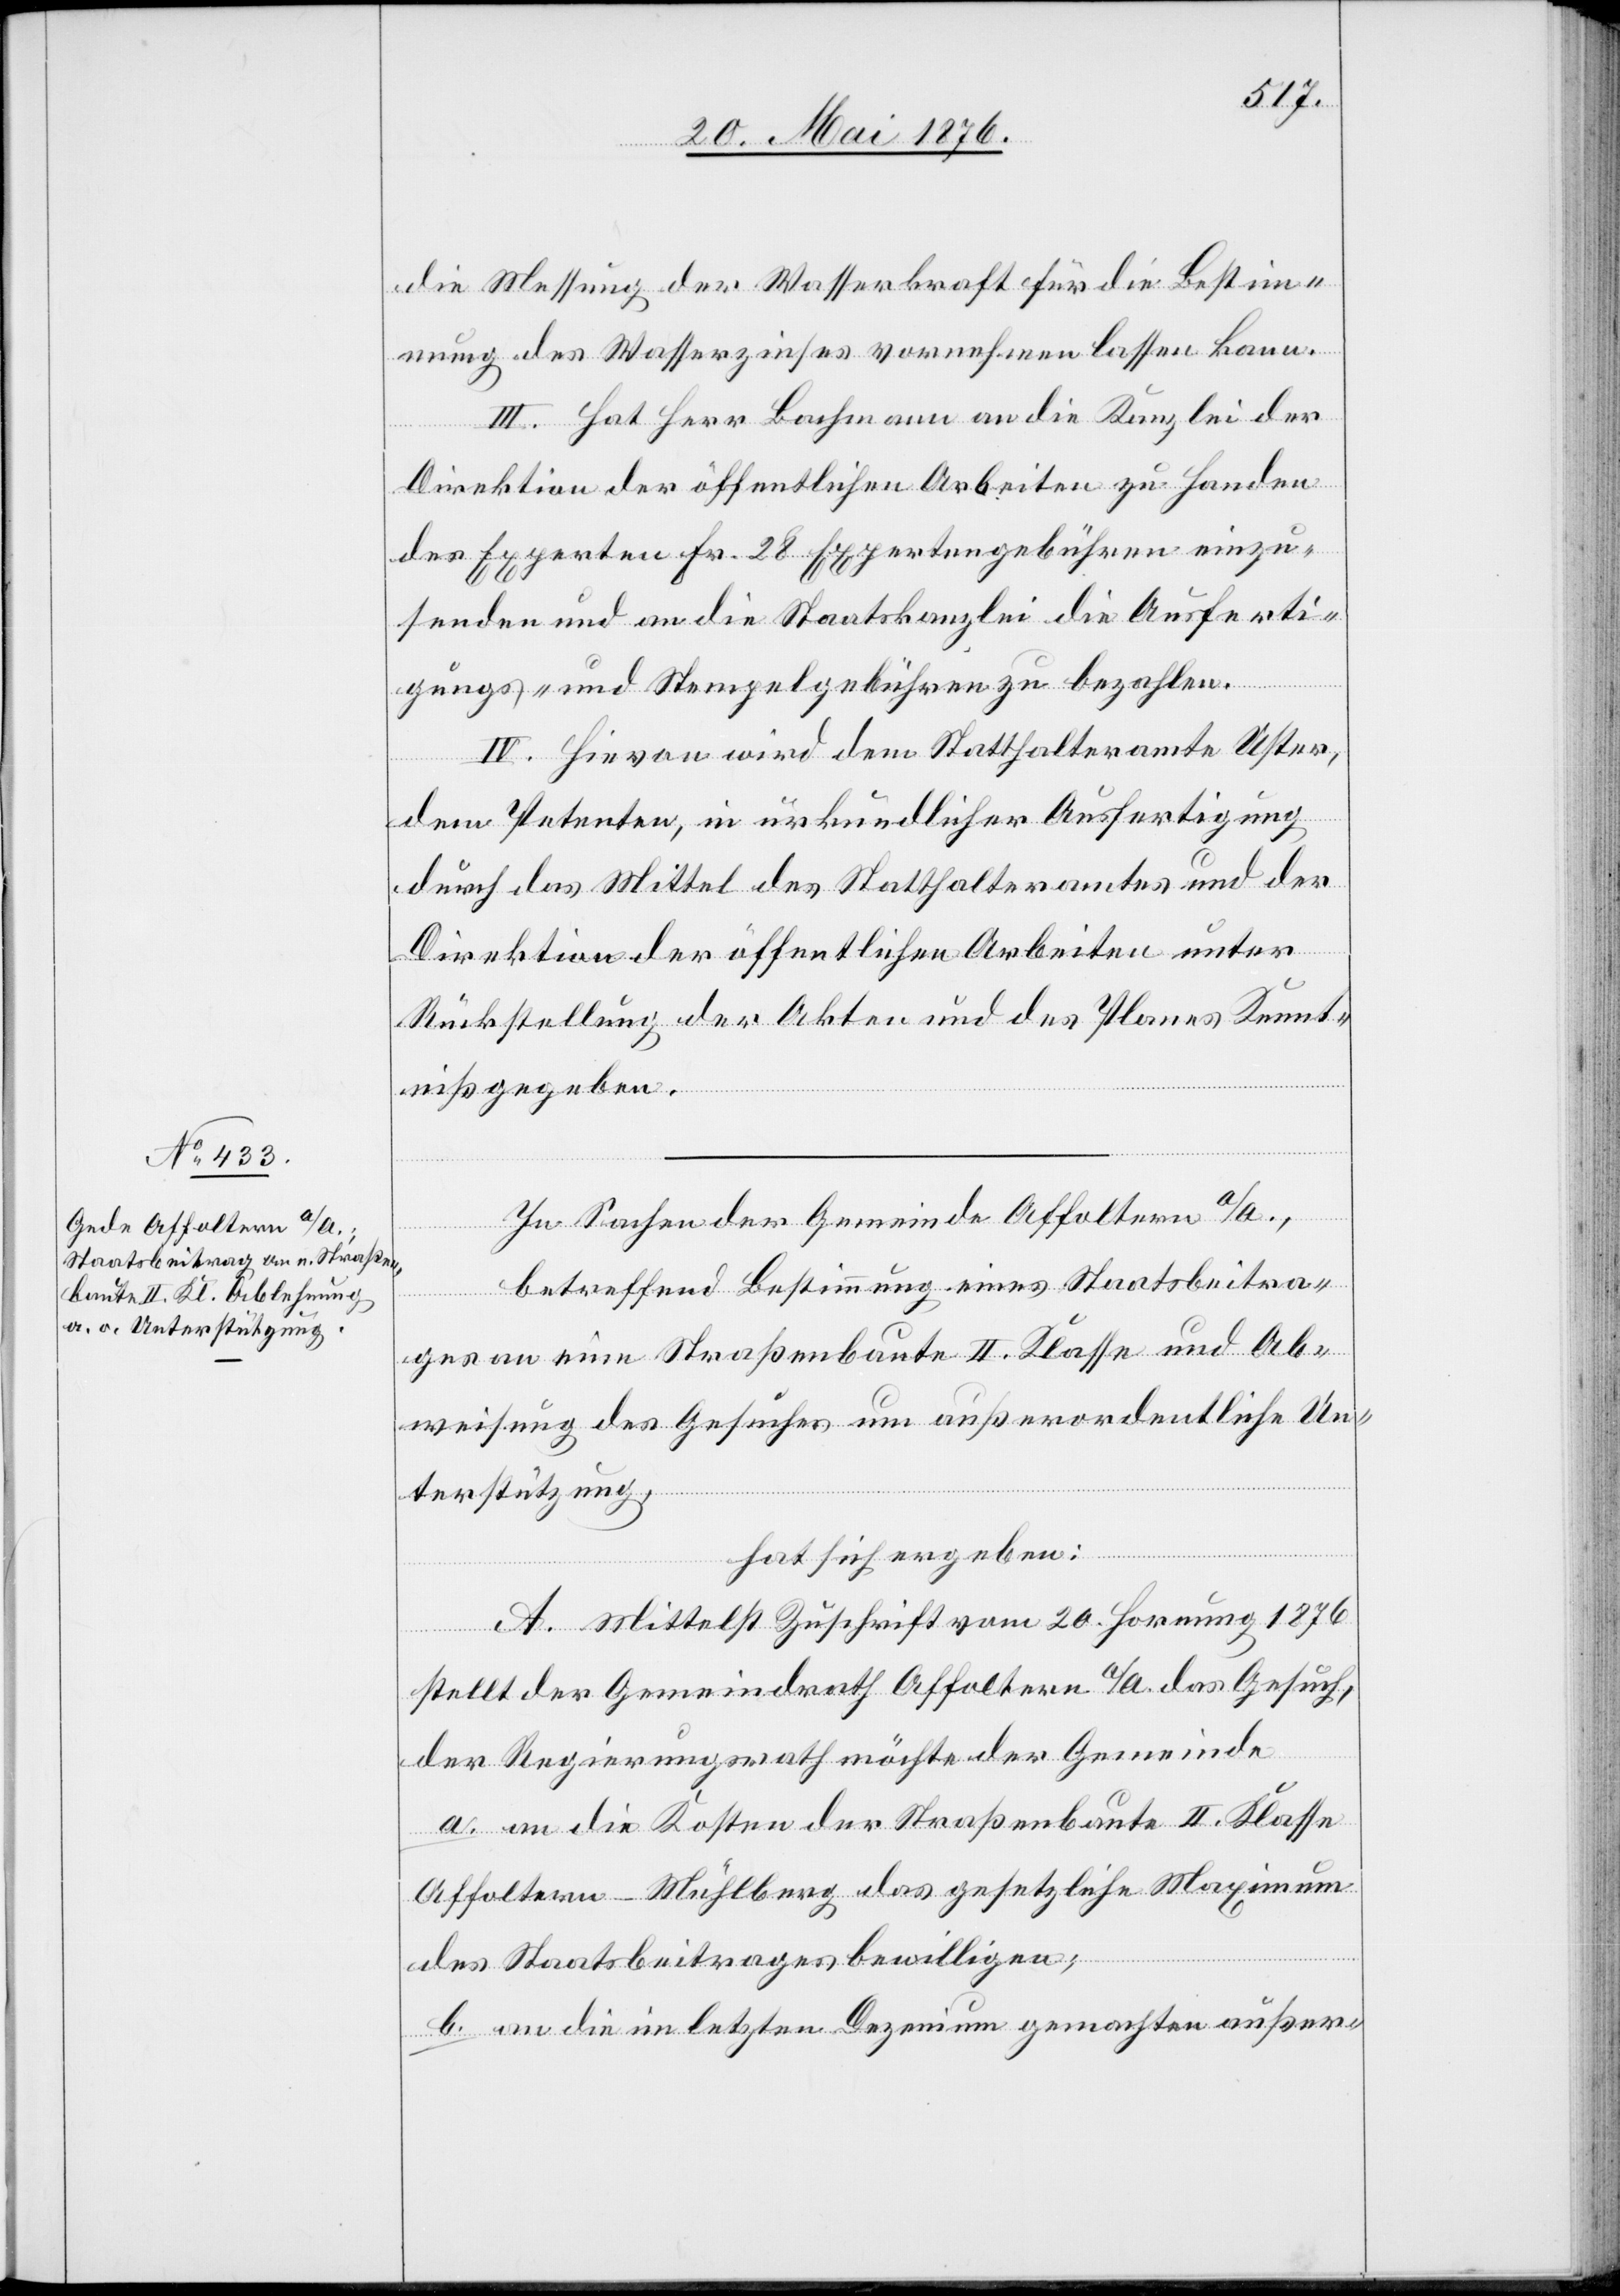
die Messung der Wasserkraft für die Bestimm¬
ung des Wasserzinses vornehmen lassen kann.
III. Hat Herr Bachmann an die Kanzlei der
Direktion der öffentlichen Arbeiten zu Handen
des Experten Fr. 28 Expertengebühren einzu¬
senden und an die Staatskanzlei die Ausferti¬
gungs- und Stempelgebühren zu bezahlen.
IV. Hievon wird dem Statthalteramte Uster,
dem Petenten, in urkundlicher Ausfertigung
durch das Mittel des Statthalteramtes und der
Direktion der öffentlichen Arbeiten unter
Rückstellung der Akten und des Planes Kennt¬
niß gegeben.
In Sachen der Gemeinde Affoltern a/A.,
betreffend Bestimmung eines Staatsbeitra¬
ges an eine Straßenbaut II. Klasse und Ab¬
weisung des Gesuches um außerordentliche Un¬
terstützung,
hat sich ergeben:
A. Mittelst Zuschrift vom 20. Hornung 1876
stellt der Gemeindrath Affoltern a/A. das Gesuch,
der Regierungsrath möchte der Gemeinde
a. an die Kosten der Straßenbaute II. Klasse
Affoltern–Mühleberg das gesetzliche Maximum
des Staatsbeitrages bewilligen;
b. an die im letzten Dezenium gemachten außer-